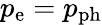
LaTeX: p_{\mathrm{e}}=p_{\mathrm{ph}}